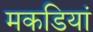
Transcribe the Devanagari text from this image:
मकडियां